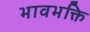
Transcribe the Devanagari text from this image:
भावभक्ति